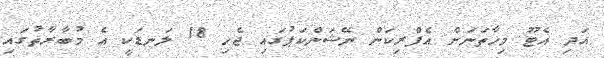
އަދި އެޓޫ މިހާތަނަށް އެފްރިކަން ނޭޝަންކަޕުގައި ޖެހި 18 ލަނޑަކީ އެ މުބާރާތުގައި